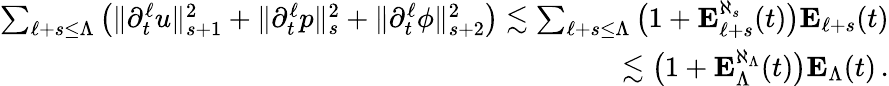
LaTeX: \begin{array}{r}{\sum_{\ell+s\leq\Lambda}\big(\| \partial_{t}^{\ell}u\| _{s+1}^{2}+\| \partial_{t}^{\ell}p\| _{s}^{2}+\| \partial_{t}^{\ell}\phi\| _{s+2}^{2}\big)\lesssim\sum_{\ell+s\leq\Lambda}\big(1+\mathbf{E}_{\ell+s}^{\aleph_{s}}(t)\big)\mathbf{E}_{\ell+s}(t)}\\ {\lesssim\big(1+\mathbf{E}_{\Lambda}^{\aleph_{\Lambda}}(t)\big)\mathbf{E}_{\Lambda}(t)\, .}\end{array}